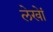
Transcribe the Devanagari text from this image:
लेखेां